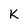
Character: K